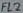
Text: FL2